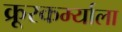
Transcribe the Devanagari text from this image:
क्रूरकर्म्याला